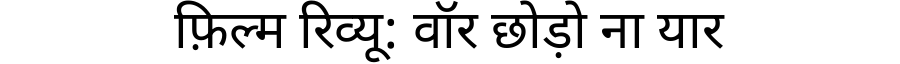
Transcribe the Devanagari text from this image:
फ़िल्म रिव्यू: वॉर छोड़ो ना यार